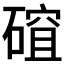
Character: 𥕅